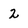
Character: 2